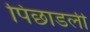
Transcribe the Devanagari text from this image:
पिछाडली